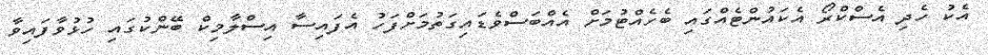
އެކު ހެދި އެސްކްރޯ އެކައުންޓެއްގައި ބެހެއްޓުމަށް އެއްބަސްވެޑައިގަތުމަށްފަހު އެފައިސާ އިސްލާމިކް ބޭންކުގައި ހުޅުވާފައިވާ